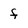
Character: f